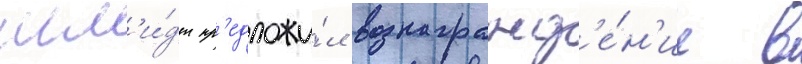
шм'и́дт пр'едложи́л вознагражд'е́н'ие в